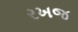
રખજ